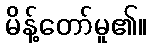
မိန့်တော်မူ၏။